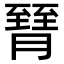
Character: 𦠮